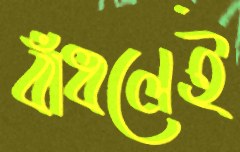
বাঁধলেই